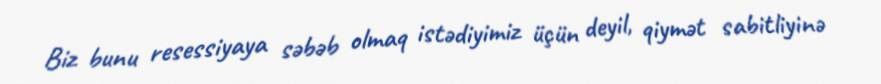
Biz bunu resessiyaya səbəb olmaq istədiyimiz üçün deyil, qiymət sabitliyinə